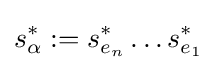
s_{\alpha }^{*}:=s_{e_{n}}^{*}\ldots s_{e_{1}}^{*}